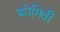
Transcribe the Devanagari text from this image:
कोमिती